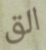
الق